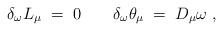
LaTeX: \begin{align*}\delta_\omega L_\mu \;=\; 0 \;\;\;\;\;\;\;\delta_\omega \theta_\mu \;=\; D_\mu \omega \;,\end{align*}